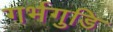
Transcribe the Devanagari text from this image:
गर्भगुडि